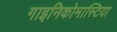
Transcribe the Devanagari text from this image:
गाइनिकोमास्टिया